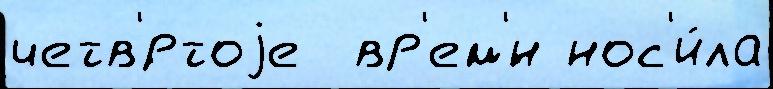
четв'́ртоjе  вр'ем'́н нос'и́ла